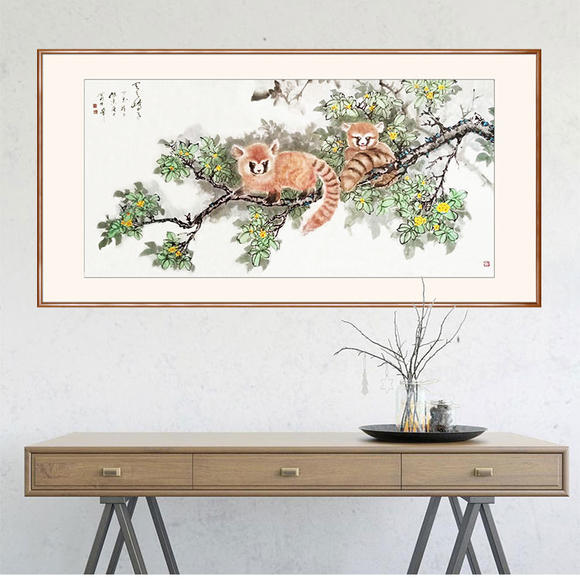
骄子不孝